Burma Government Medical School reports 1923-41
Year: 1923
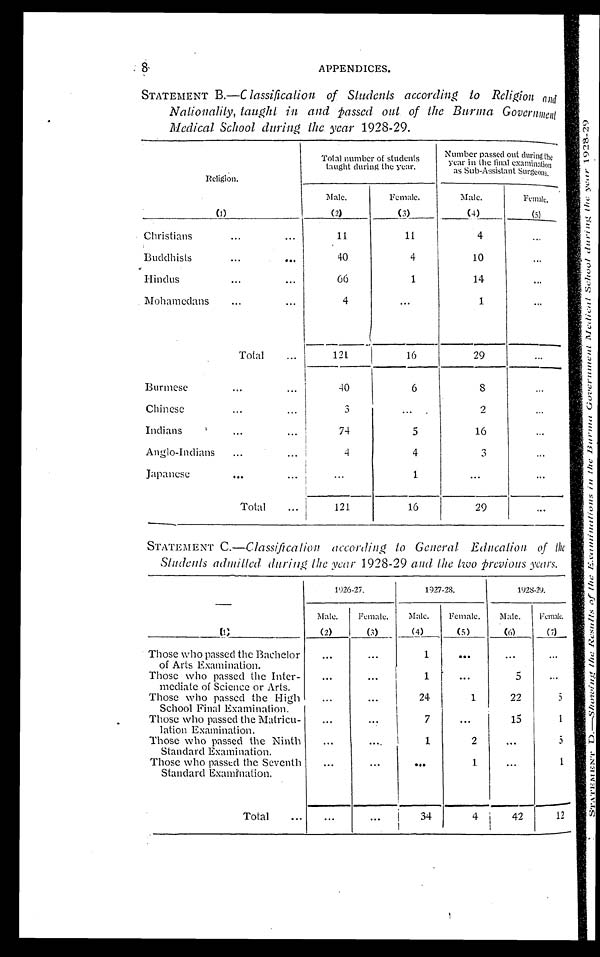
8
APPENDICES.
STATEMENT B.—C lassification of Students according to Religion and
Nationality, taught in and passed out of the Burma Government
Medical School during the year 1928-29.
Religion.
(1)
Total number of students
taught during the year.
Number passed out durin
g the year in the final examination as Sub-Assistant Surgeons.
Male.
(2)
Female.
(3)
Male.
(4)
Female.
(5)
Christians
...
...
11
11
4
...
Buddhists
...
...
40
4
10
...
Hindus
...
...
66
1
14
...
Mohamedans
...
...
4
...
1
...
Total
...
121
16
29
...
Burmese
...
...
4 0
6
8
...
Chinese
...
...
3
...
2
...
Indians
...
...
74
5
16
...
Anglo-Indians
...
...
4
4
3
...
Japanese
...
...
...
1
... ...
Total
...
121
16
29
...
STATEMENT C.—Classification according to General Education of the
Students admitted during the year 1928-29 and the two previous years.
(1)
1926-27.
1927-28,
1928-29.
Male.
(2)
Female.
(3)
Male.
(4)
Female.
(5)
Male.
(6)
Female.
(7)
Those who passed the Bachelor
of Arts Examination.
... ...
1
... ... ...
Those who passed the Inter-
mediate of Science or Arts.
...
...
1
...
5
...
Those who passed the High
School Final Examination.
...
...
24
1
22
5
Those who passed the Matricu-
lation Examination.
...
...
7
...
15
1
Those who passed the Ninth
Standard Examination.
...
....
1
2
...
5
Those who passed the Seventh
Standard Examination.
...
...
...
1
...
1
Total
...
...
...
3 4
4 42
1 2